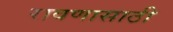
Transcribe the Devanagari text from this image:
रावणासाठी